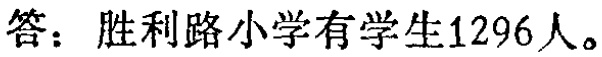
答：胜利路小学有学生1296人。